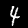
Digit: 4